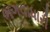
ભગવાધારી